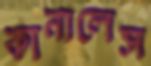
কানালেস